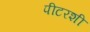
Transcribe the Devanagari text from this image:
पीटरशी